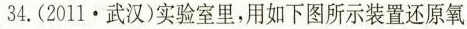
34.(2011.武汉)实验室里，用如下图所示装置还原氧